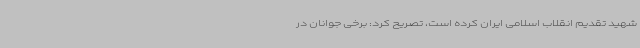
شهید تقدیم انقلاب اسلامی ایران کرده است، تصریح کرد: برخی جوانان در